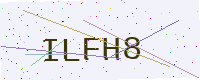
Text: ILFH8